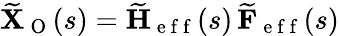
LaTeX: \widetilde{\mathbf{X}}_{\mathrm{~O~}}(s)=\widetilde{\mathbf{H}}_{\mathrm{~e~f~f~}}(s)\, \widetilde{\mathbf{F}}_{\mathrm{~e~f~f~}}(s)